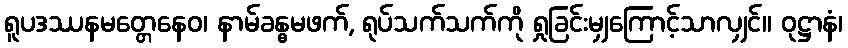
ရူပဒဿနမတ္တေနေဝ၊ နာမ်ခန္ဓမဖက်, ရုပ်သက်သက်ကို ရှုခြင်းမျှကြောင့်သာလျှင်။ ဝုဋ္ဌာနံ၊